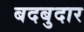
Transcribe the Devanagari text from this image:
बदबुदार